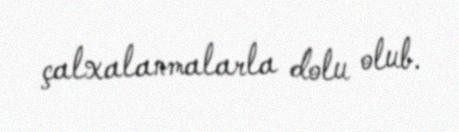
çalxalanmalarla dolu olub.